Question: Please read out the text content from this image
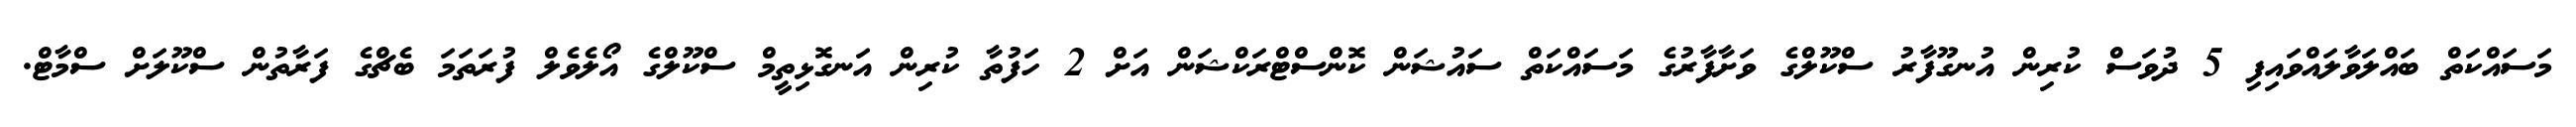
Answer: މަސައްކަތް ބައްލަވާލައްވައިފި 5 ދުވަސް ކުރިން އުނގޫފާރު ސްކޫލްގެ ވަށާފާރުގެ މަސައްކަތް ސައުޝަން ކޮންސްޓްރަކްޝަން އަށް 2 ހަފުތާ ކުރިން އަނގޮޅިތީމް ސްކޫލްގެ އޯލެވެލް ފުރަތަމަ ބެޗްގެ ފަރާތުން ސްކޫލަށް ސްމާޓް.